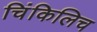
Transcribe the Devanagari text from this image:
चिंकिलिच